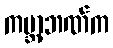
ကမ္ဘာ့ဘဏ်က